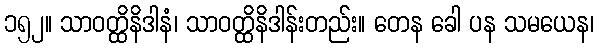
၁၅၂။ သာဝတ္ထိနိဒါနံ၊ သာဝတ္ထိနိဒါန်းတည်း။ တေန ခေါ ပန သမယေန၊